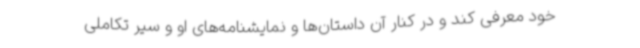
خود معرفی کند و در کنار آن داستان‌ها و نمایشنامه‌های او و سیر تکاملی